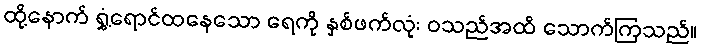
ထို့နောက် ရွှံ့ရောင်ထနေသော ရေကို နှစ်ဖက်လုံး ဝသည်အထိ သောက်ကြသည်။